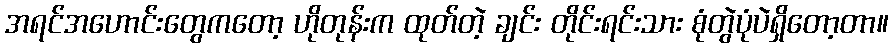
အရင်အဟောင်းတွေကတော့ ဟိုတုန်းက ထုတ်တဲ့ ချင်း တိုင်းရင်းသား စုံတွဲပုံပဲရှိတော့တာ။